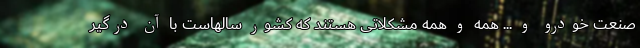
صنعت خودرو و ... همه و همه مشکلاتی هستند که کشور سالهاست با آن درگیر